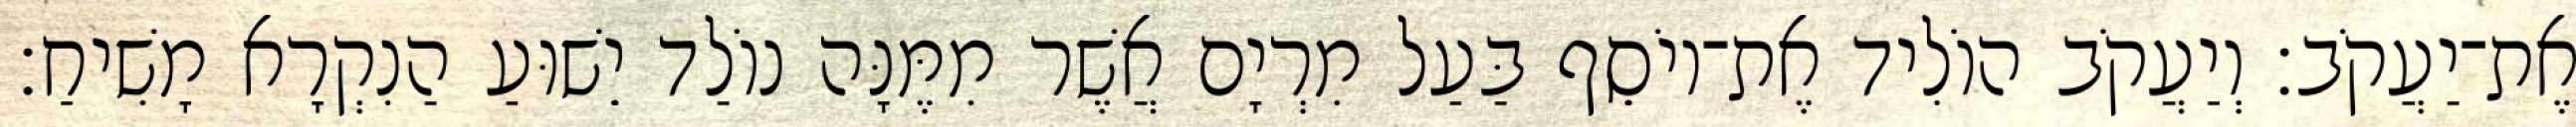
אֶת־יַעֲקֹב׃ וְיַעֲקֹב הוֹלִיד אֶת־יוֹסֵף בַּעַל מִרְיָם אֲשֶׁר מִמֶּנָּה נוֹלַד יֵשׁוּעַ הַנִקְרָא מָשִׁיחַ׃